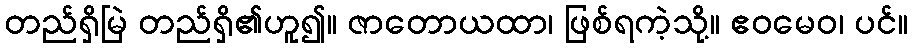
တည်ရှိမြဲ တည်ရှိ၏ဟူ၍။ ဇာတောယထာ၊ ဖြစ်ရကဲ့သို့။ ဧဝမေဝ၊ ပင်။